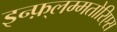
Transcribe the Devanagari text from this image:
इन्फ़्लम्मतोरिएस